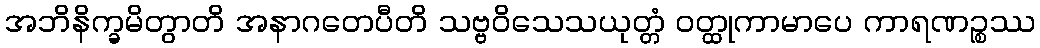
အဘိနိက္ခမိတွာတိ အနာဂတေပီတိ သဗ္ဗဝိသေသယုတ္တံ ဝတ္ထုကာမာပေ ကာရဏဉ္စဿ